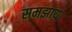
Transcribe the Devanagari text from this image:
समझाय